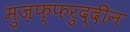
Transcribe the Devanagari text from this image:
मुज़फ्फरुद्दीन